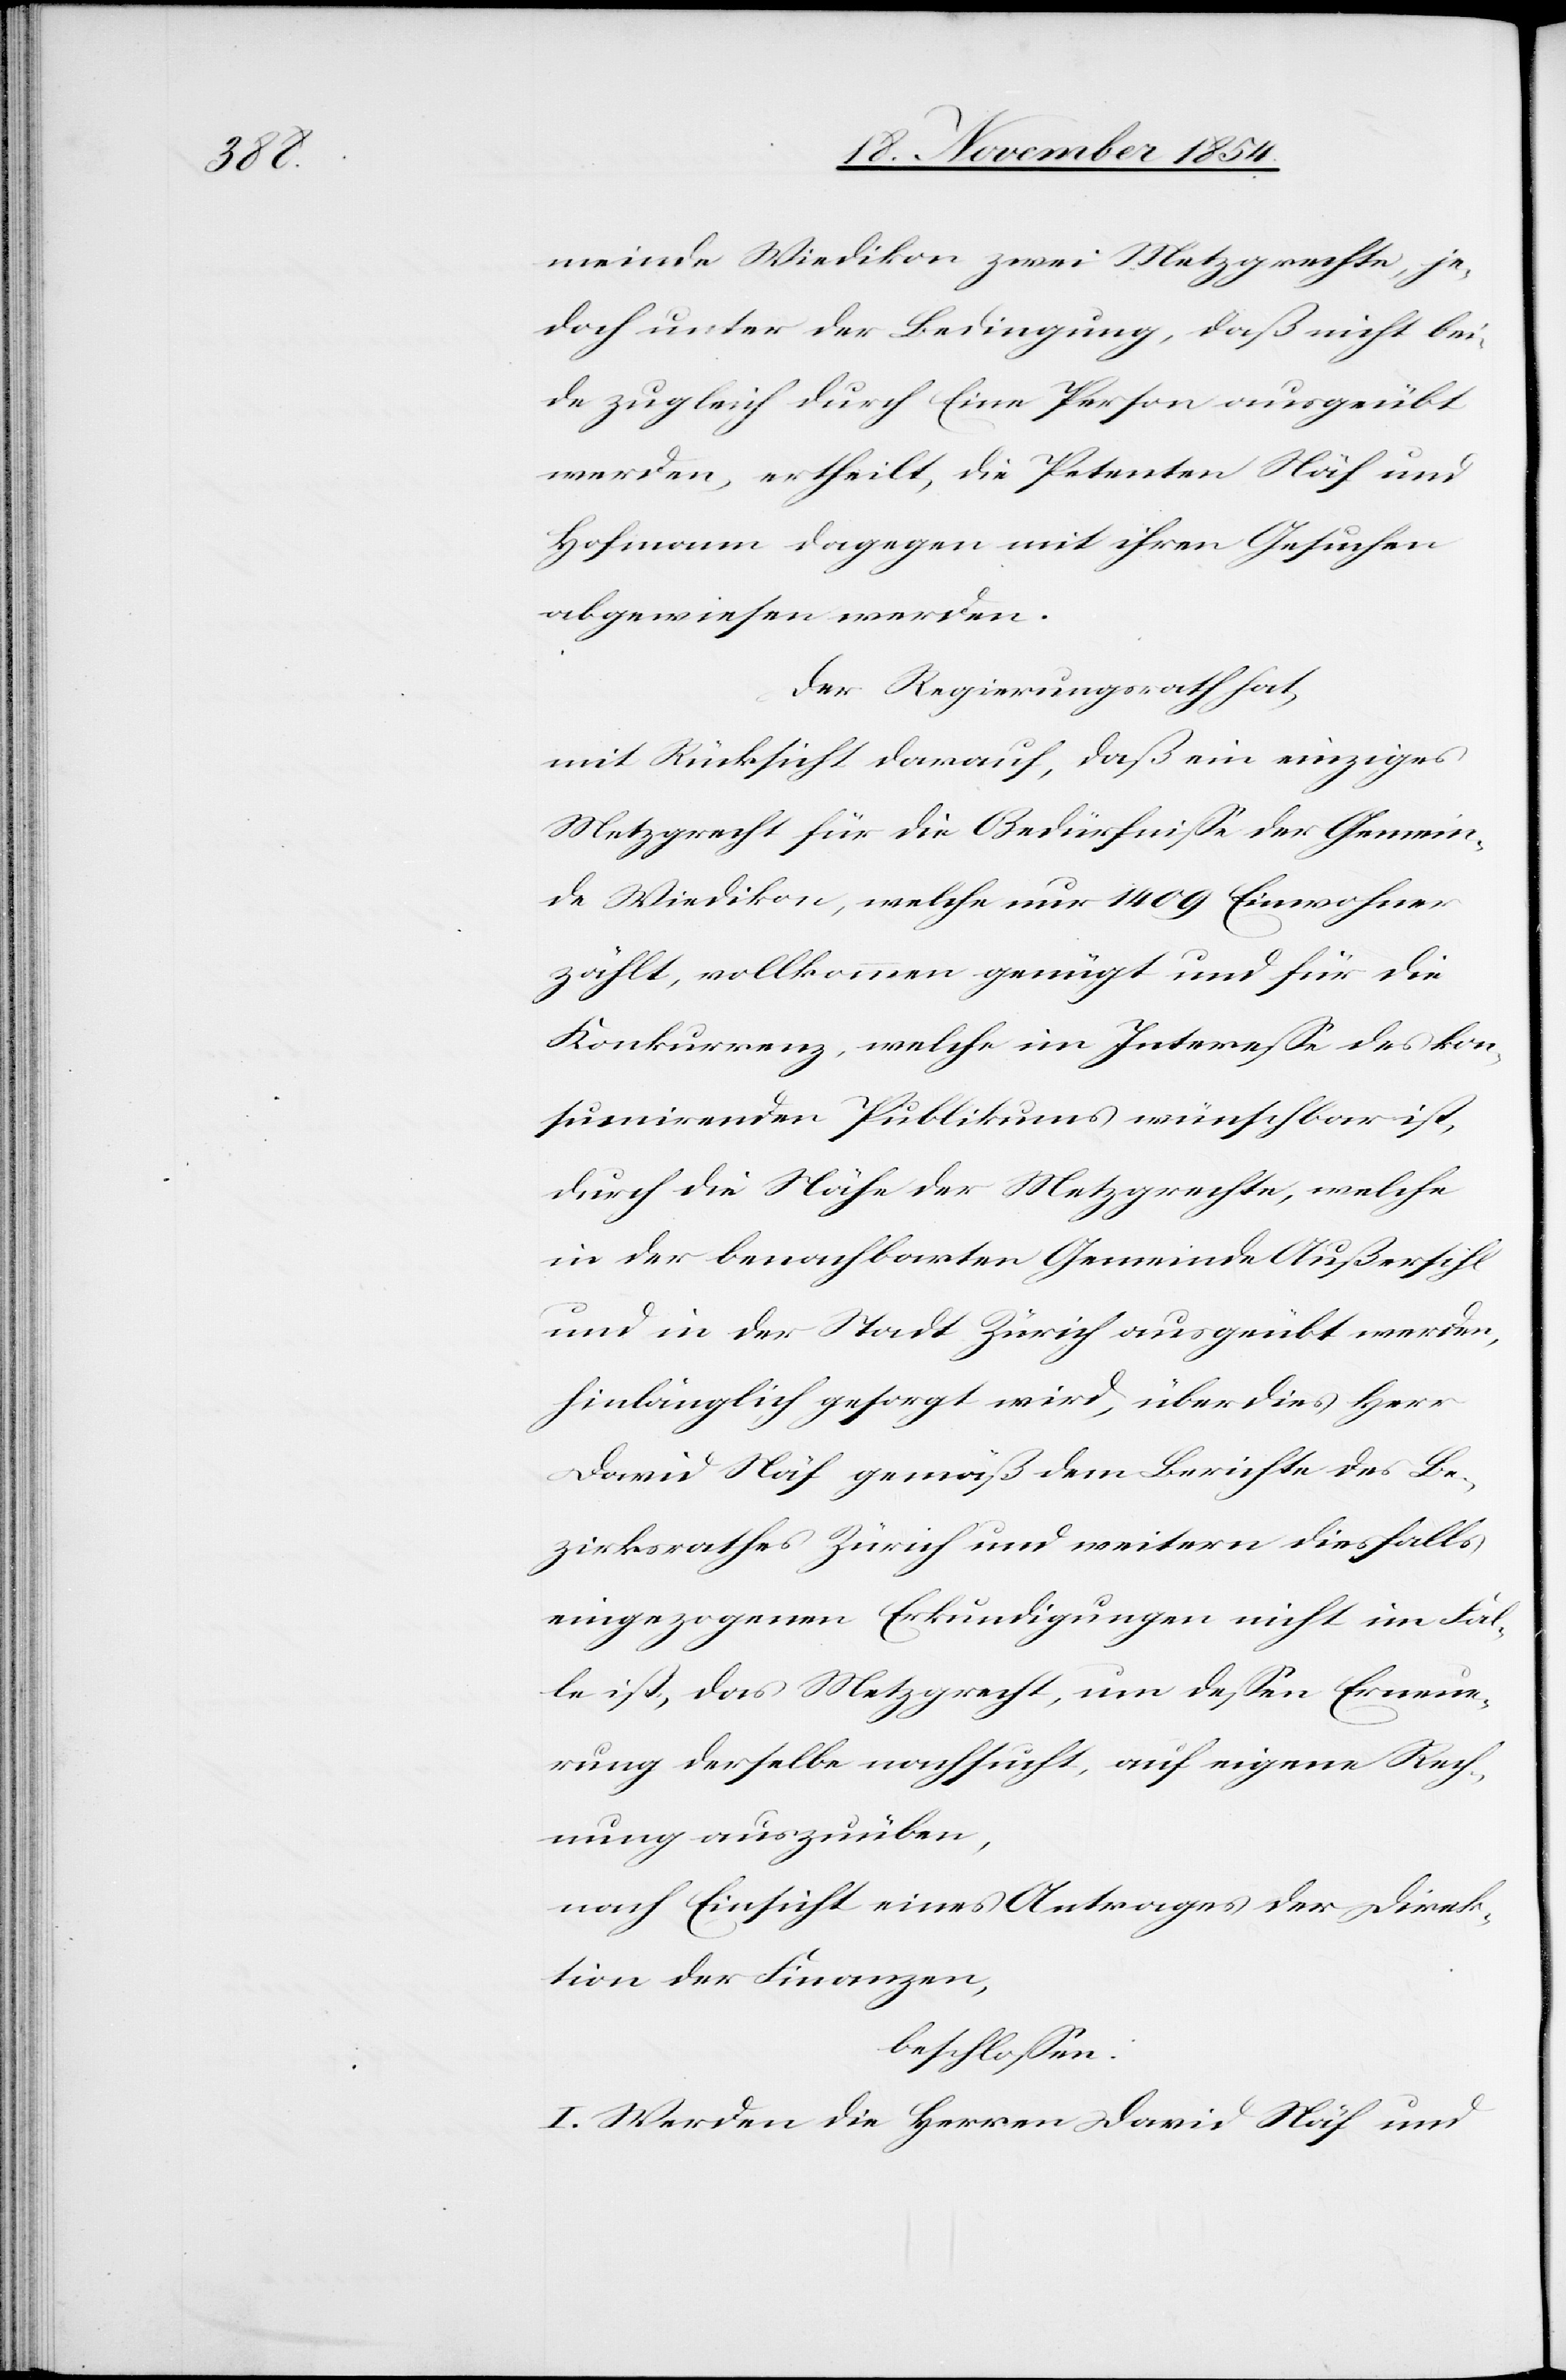
meinde Wiedikon zwei Metzgrechte, je¬
doch unter der Bedingung, daß nicht bei¬
de zugleich durch Eine Person ausgeübt
werden, ertheilt, die Petenten Näf und
Hofmann dagegen mit ihren Gesuchen
abgewiesen werden.
Der Regierungsrath hat,
mit Rücksicht darauf, daß ein einziges
Metzgrecht für die Bedürfniße der Gemein¬
de Wiedikon, welche nur 1409 Einwohner
zählt, vollkommen genügt und für die
Konkurrenz, welche im Intereße des kon¬
sumirenden Publikums wünschbar ist,
durch die Nähe der Metzgrechte, welche
in der benachbarten Gemeinde Außersihl
und in der Stadt Zürich ausgeübt werden,
hinlänglich gesorgt wird, überdies Herr
David Näf gemäß dem Berichte des Be¬
zirksrathes Zürich und weitern diesfalls
eingezogenen Erkundigungen nicht im Fal¬
le ist, das Metzgrecht, um deßen Erneue¬
rung derselbe nachsucht, auf eigene Rech¬
nung auszuüben,
nach Einsicht eines Antrages der Direk¬
tion der Finanzen,
beschloßen:
I. Werden die Herren David Näf und